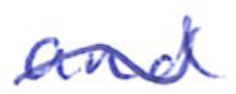
Text: and
Cross-out: wave
Writing tool: ballpoint